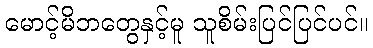
မောင့်မိဘတွေနှင့်မူ သူစိမ်းပြင်ပြင်ပင်။